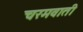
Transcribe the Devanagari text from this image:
चरमवाती